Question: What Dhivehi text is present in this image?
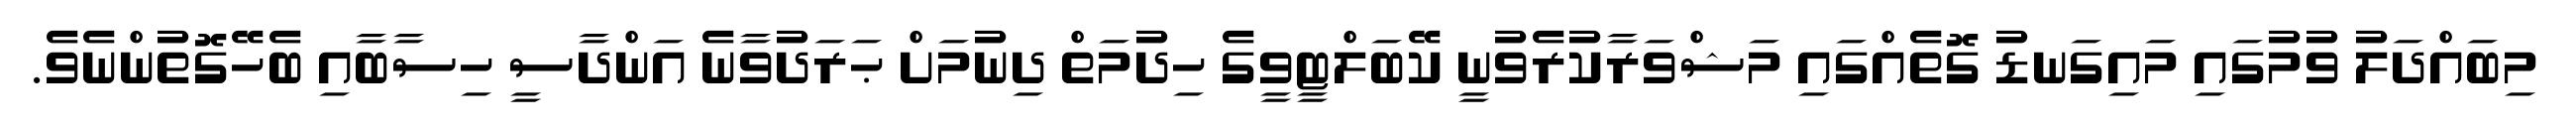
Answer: މިބައްދަލު ވުމުގައި މައިގަނޑު ގޮތެއްގައި މަޝްވަރާކުރެވުނީ ކޭބަލްޓީވީގެ ހިދުމަތް ދިނުމަށް ޙަރަދުވާނެ އަންދާސީ ހިސާބާއި ބެހޭގޮތުންނެވެ.